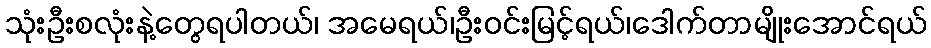
သုံးဦးစလုံးနဲ့တွေရပါတယ်၊ အမေရယ်၊ဦးဝင်းမြင့်ရယ်၊ဒေါက်တာမျိုးအောင်ရယ်